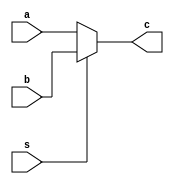
`timescale 1ns / 1ps
//////////////////////////////////////////////////////////////////////////////////
// Company: 
// Engineer: 
// 
// Design Name: 
// Module Name: Mux2
// Project Name: 
// Target Devices: 
// Tool Versions: 
// Description: 
// 
// Dependencies: 
// 
// Revision:
// Revision 0.01 - File Created
// Additional Comments:
// 
//////////////////////////////////////////////////////////////////////////////////


module Mux2(
    input s,
    input [31:0] a,b,
    output[31:0] c
    );
    
    assign c = (s)? b : a;

endmodule